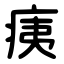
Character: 痍